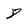
Character: 8